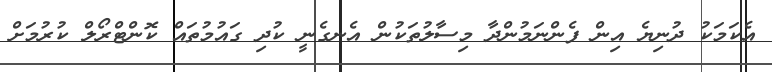
އެކަމަކު ދުނިޔެ އިން ފެންނަމުންދާ މިސާލުތަކުން އެނގެނީ ކުދި ގައުމުތައް ކޮންޓްރޯލް ކުރުމަށް